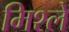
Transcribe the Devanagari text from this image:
मिश्ले